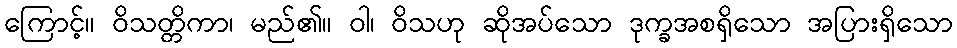
ကြောင့်။ ဝိသတ္တိကာ၊ မည်၏။ ဝါ၊ ဝိသဟု ဆိုအပ်သော ဒုက္ခအစရှိသော အပြားရှိသော